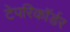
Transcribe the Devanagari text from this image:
टेपरिकॉर्डर